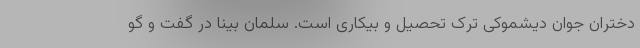
دختران جوان دیشموکی ترک تحصیل و بیکاری است. سلمان بینا در گفت و گو